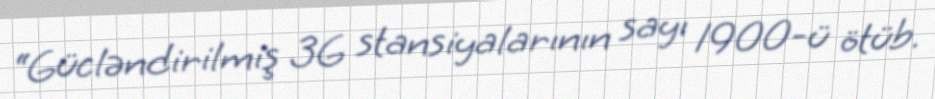
“Gücləndirilmiş 3G stansiyalarının sayı 1900-ü ötüb.